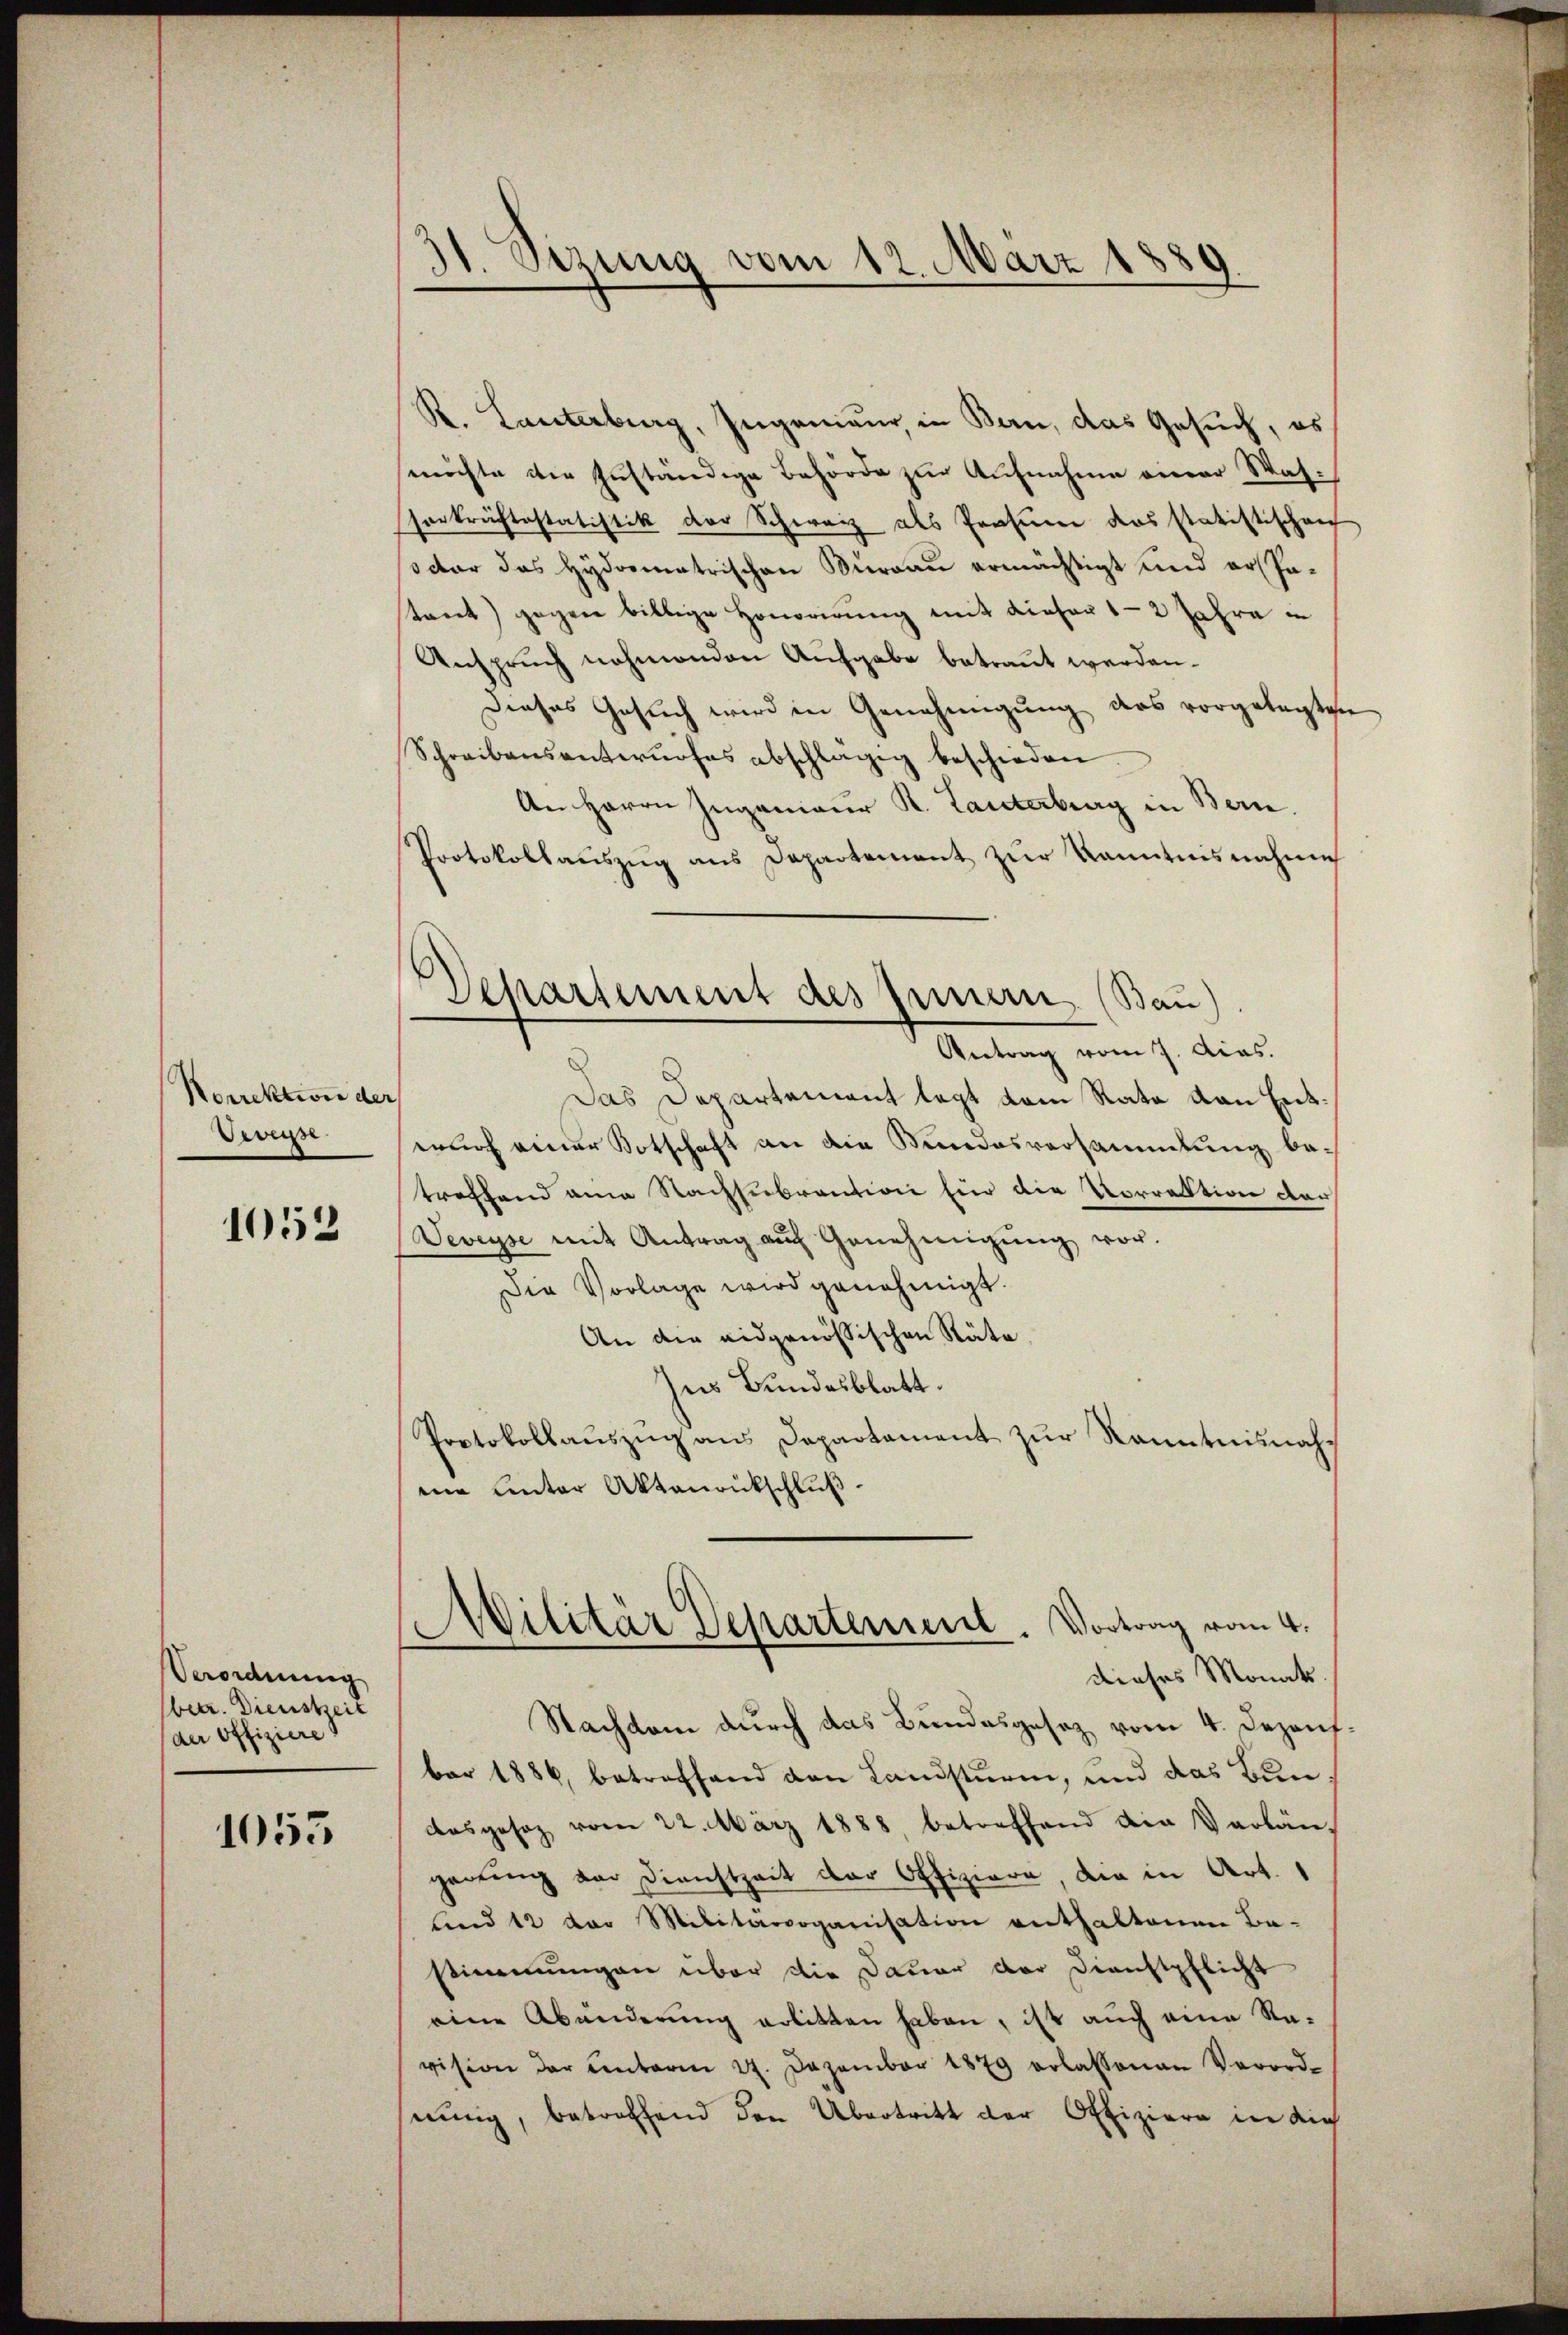
Norrektion der
Devesse

1052

Verordnung
betr. Dienstzeit
der Offiziere

1055

1. Sizung vom 12. März 1889
d

R. Lanterburg, Ingenieur in Bern, das Gesŭch, es
möchte die zuständige Behörde zur Aufnahme einer Wassorkräftestatistik der Schwarz als Prasien das statistischen
octor das Hydormatrischen Thurgau ermächtigt und erspastant) gegen billige Honorirŭng mit dieser 12 Jahre i
Anspruch nahmenden Aufgabe betraut werden.
Dieses Gesŭch wird in Genehmigŭng das vorgetagten
Schreibensantwŭrfes abschlägig beschieden
An Herrn Ingenieur K. Tanterburg in Bern.
Protokollaŭszŭg ans Departement zŭr kanntnisnahme
Das Departement legt dem Rata den Entwurf einer Kotschaft an die Kundesversammlung betreffend am Nachsubrantion für die Vorrektion der
Veveyse mit Antrag auch Genehmigŭng vor.
Die Vorlage wird genehmigt.
An die eidgenössischen Räte
zur Bundesblatt.
Protokollauszug aus Departament zur Kenntnisnahme unter Aktenrückschlŭβ
Militär Departement. Vortrag vom 4.
dieses Monate.
Nachdem durch das Bundesgesetz vom 4. Dezensbar 1886, betreffend den Landsturm, und das Bundesgesez vom 22. März 1888 betreffend die Verlängerung von Dienstzeit der Offiziere die in Art.
und 12 der Militärorganisation enthaltenen Ba-
stimmungen über die Dauer der Dienstpflicht
eine Abänderung erlitten haben, ist auch eine Re-
vision der unterm 27. Dezember 1879 erlassenen Verord-
sennig, betreffend den Übertritt der Offiziere in die

Departement des Innern (Bau).
Antrag vom 7. Acas.